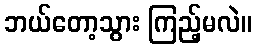
ဘယ်တော့သွား ကြည့်မလဲ။